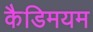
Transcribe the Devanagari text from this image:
कैडिमयम